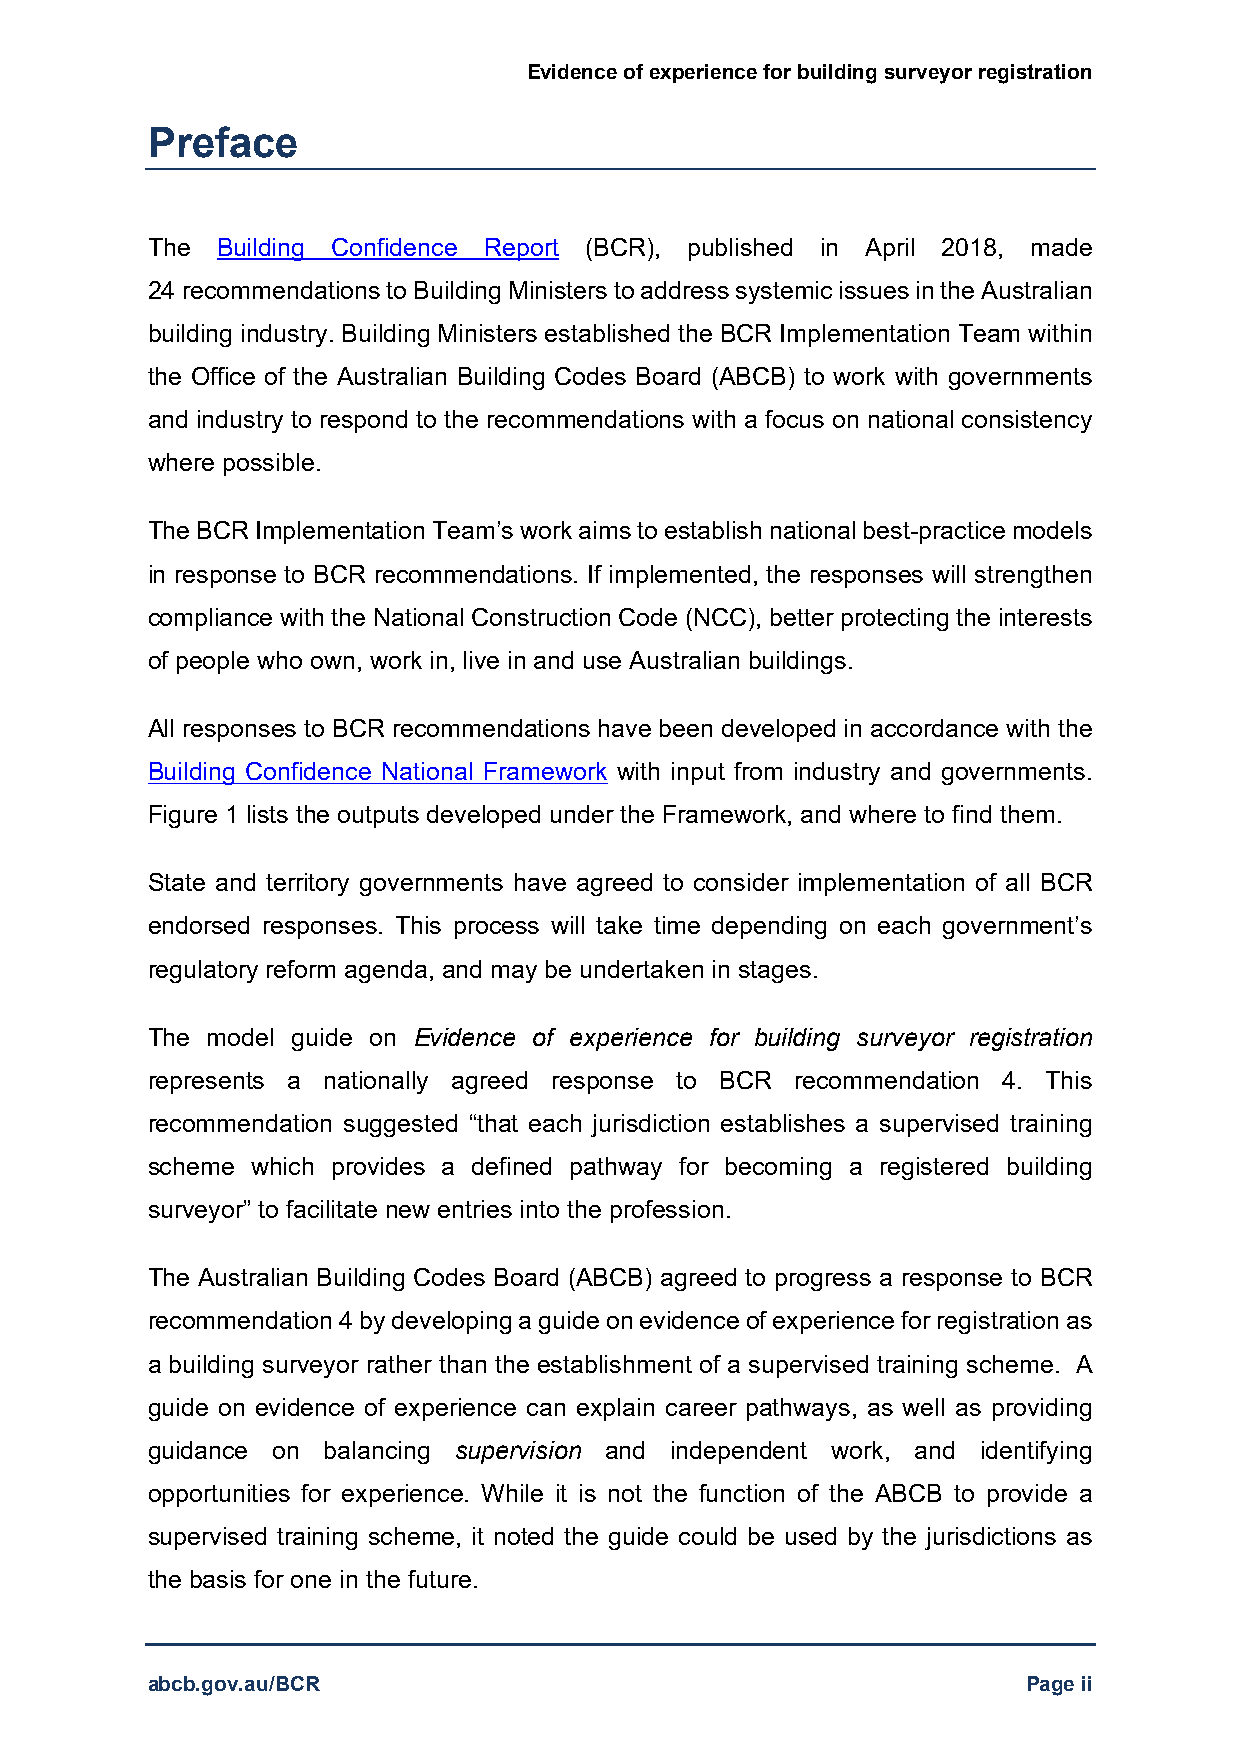
Evidence of experience for building surveyor registration
 Preface
 The Building Confidence Report (BCR), published in April 2018, made
 24 recommendations to Building Ministers to address systemic issues in the Australian
 building industry. Building Ministers established the BCR Implementation Team within
 the Office of the Australian Building Codes Board (ABCB) to work with governments
 and industry to respond to the recommendations with a focus on national consistency
 where possible.
 The BCR Implementation Team’s work aims to establish national best-practice models
 in response to BCR recommendations. If implemented, the responses will strengthen
 compliance with the National Construction Code (NCC), better protecting the interests
 of people who own, work in, live in and use Australian buildings.
 All responses to BCR recommendations have been developed in accordance with the
 Building Confidence National Framework with input from industry and governments.
 Figure 1 lists the outputs developed under the Framework, and where to find them.
 State and territory governments have agreed to consider implementation of all BCR
 endorsed responses. This process will take time depending on each government’s
 regulatory reform agenda, and may be undertaken in stages.
 The model guide on Evidence of experience for building surveyor registration
 represents a nationally agreed response to BCR recommendation 4. This
 recommendation suggested “that each jurisdiction establishes a supervised training
 scheme which provides a defined pathway for becoming a registered building
 surveyor” to facilitate new entries into the profession.
 The Australian Building Codes Board (ABCB) agreed to progress a response to BCR
 recommendation 4 by developing a guide on evidence of experience for registration as
 a building surveyor rather than the establishment of a supervised training scheme. A
 guide on evidence of experience can explain career pathways, as well as providing
 guidance on balancing supervision and independent work, and identifying
 opportunities for experience. While it is not the function of the ABCB to provide a
 supervised training scheme, it noted the guide could be used by the jurisdictions as
 the basis for one in the future.
 abcb.gov.au/BCR                                           Page ii